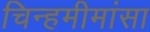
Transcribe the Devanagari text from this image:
चिन्हमीमांसा